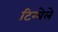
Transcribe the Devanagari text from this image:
टिम्बेले